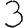
Digit: 3